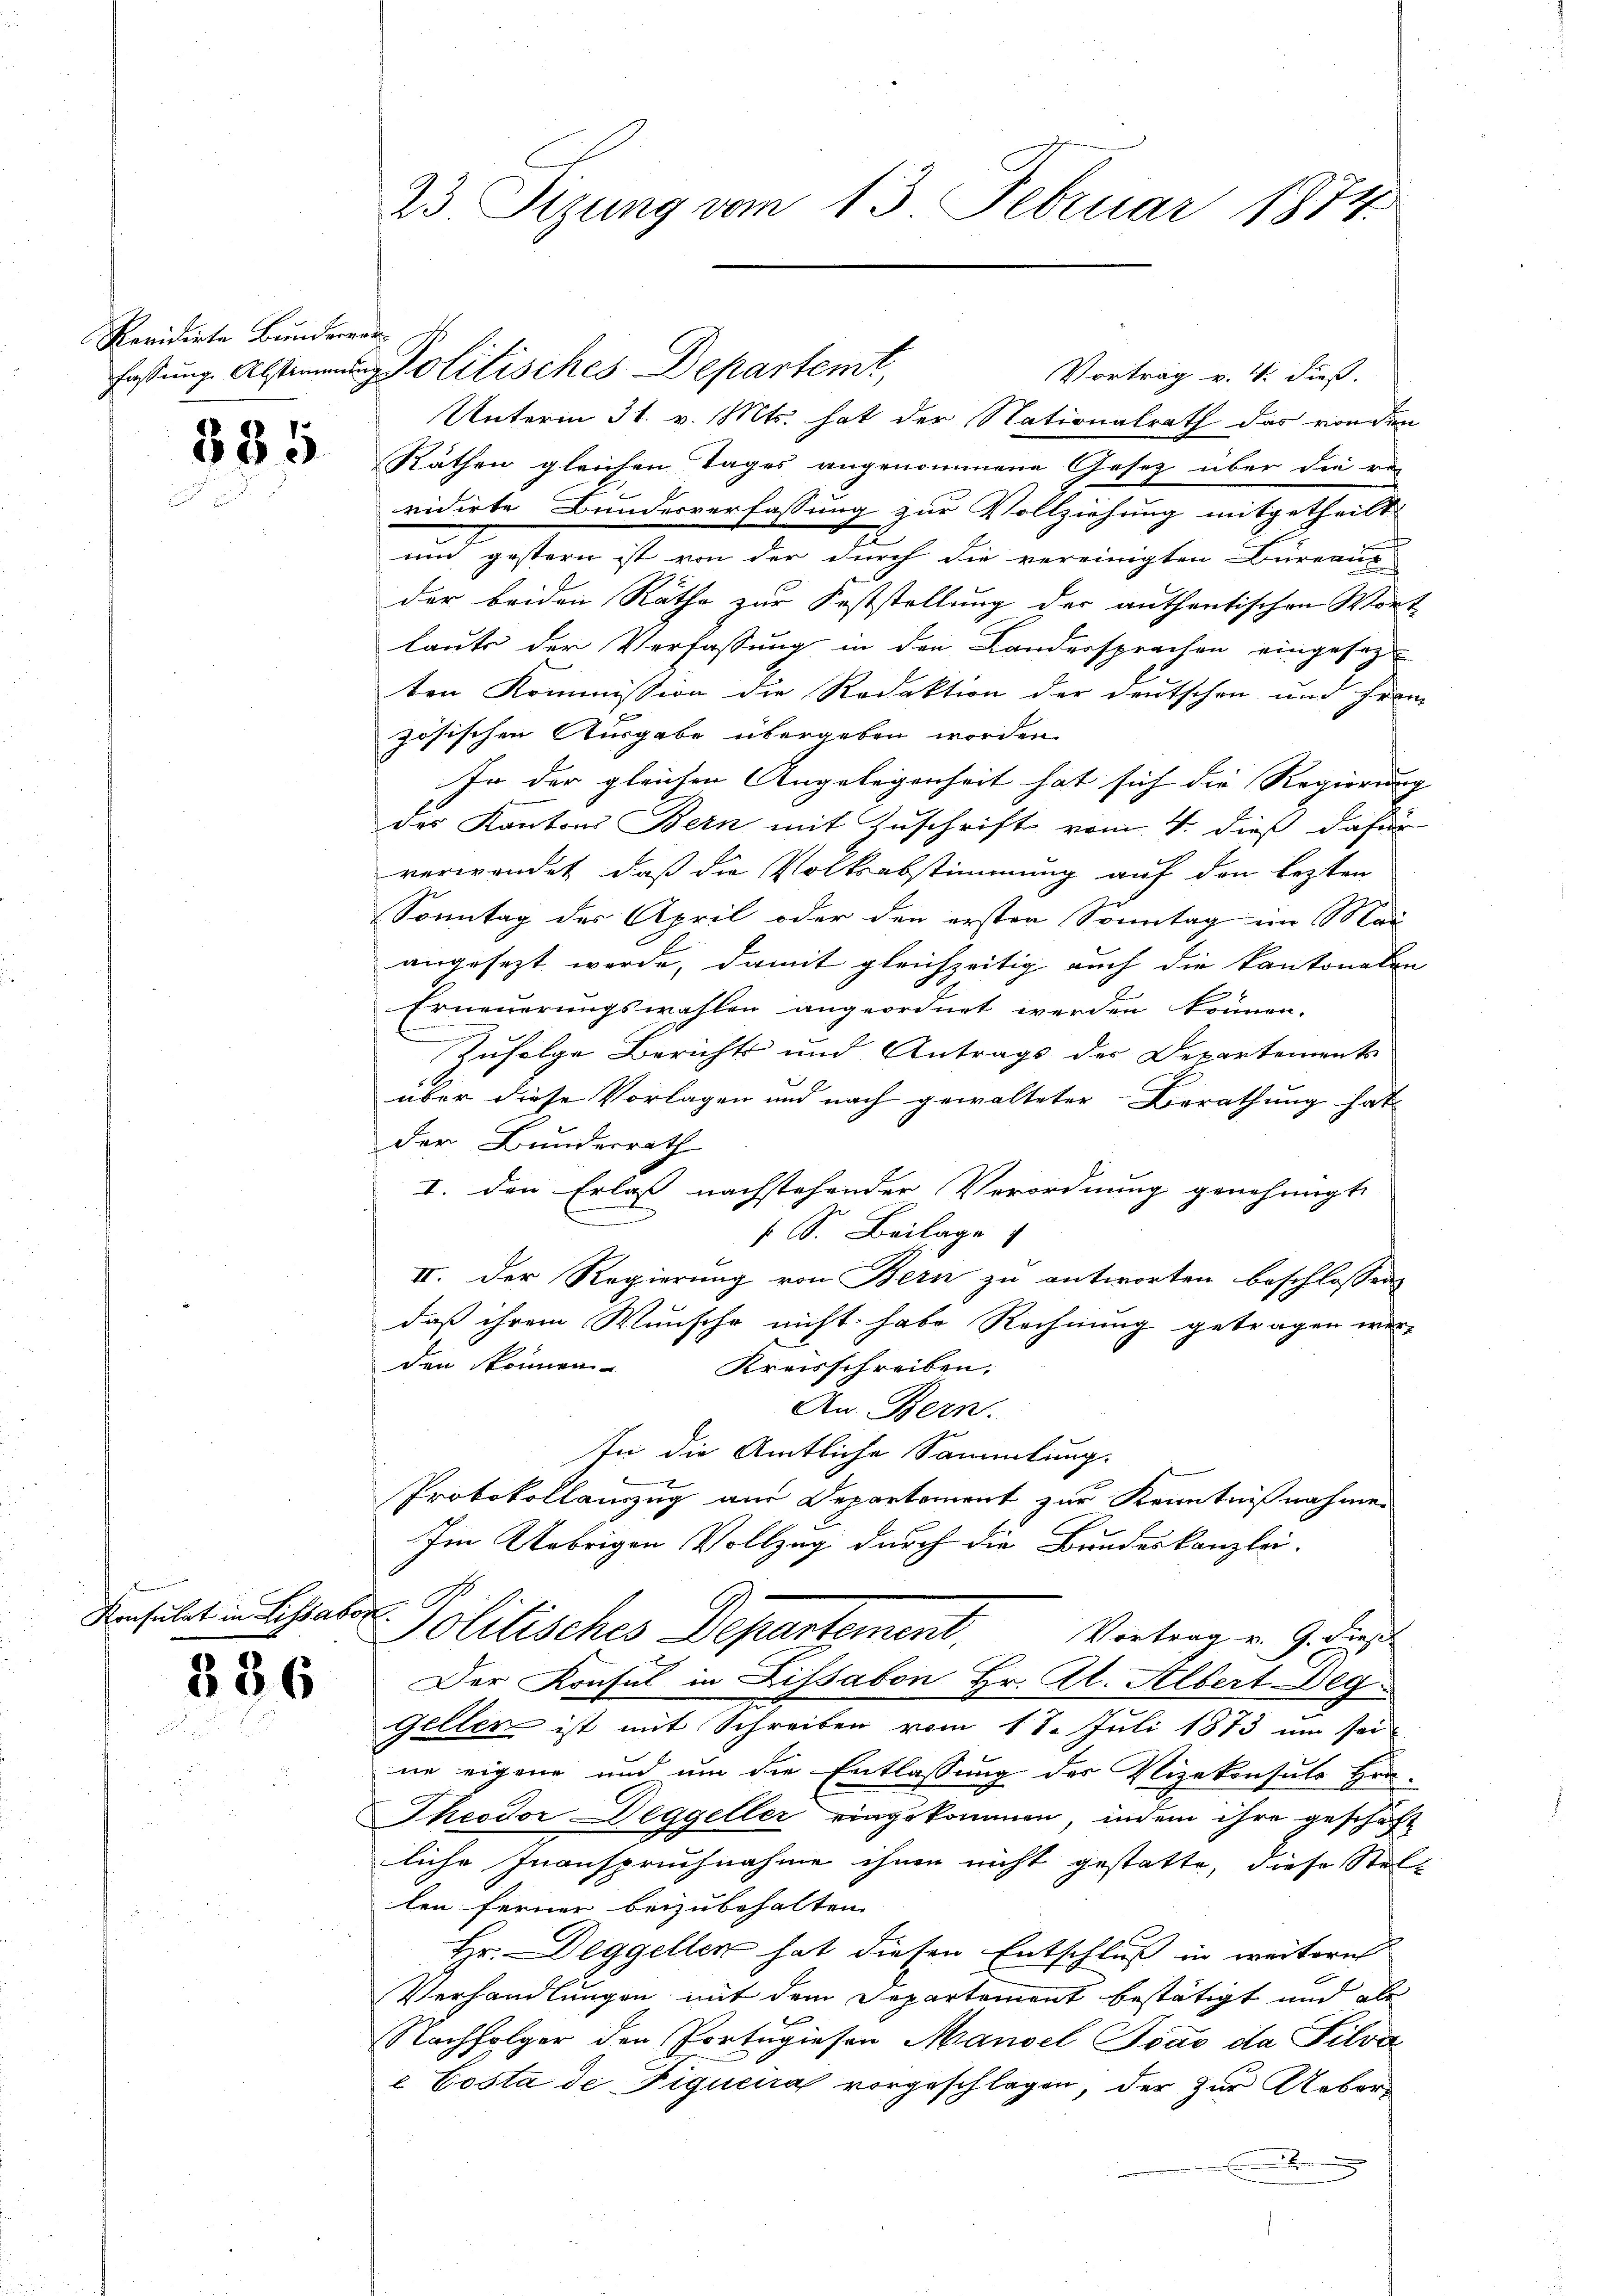
Revidirte Bunderar

Konsula

335

§36

Vortrag v. 4. dieß.
Unterm 31. v. Mts. hat der Nationalrath das von den
Räthen gleichen Tages angenommene Gesetz über die re-
vidirte Bunderverfassung zur Vollziehung mitgetheilt
un gestern ist von der durch die vereinigten Büreaus-
der beiden Räthe zur Feststellung der anthentischen Wort
laute der Verfassung in den Landersprachen eingesezten Kommission die Redaktion der deutschen und Fran
zösischen Ausgabe übergeben worden.
In der gleichen Angelegenheit hat sich die Regierung |
des Kantons Bern mit Zuschrift vom 4. dieß dafür
verwendet, daß die Volksabstimmung auf den lezten
Sonntag des April oder den ersten Sonntag im Mai
angesezt werde, damit gleichzeitig auch die kantonalen
Erneuerungswahlen angeordnet werden können.
Zufolge Berichts und Antrags des Departements
über diese Vorlagen und nach gewalteter Berathung hat
der Bundesrath
I. den Erlass nachstehender Verordnung genehmigt.
 S. Beilage
II. Der Regierung von Bern zu antworten beschlossen
daß ihrem Wunsche nicht habe Rechnung getragen wer-
den können
Kreisschreiben.
An Bern.
In die Amtliche Sammlung.
Protokollanzug am Departement zur Kenntnißnahmen
Im Uebrigen Vollzug durch die Bundeskanzlei.
Politisches Departement. Vertragen 9. die
Der Konsul in Lissabon Hr. Al. Albert Deg
Geller ist mit Schreiben vom 18. Juli 1873 um sei
ne eigene und um die Entlassung des Vizekonsuls Hrn.
Theodor Deggeller eingekommen, indem ihre geschäft
liche Inanspruchnahme ihnen nicht gestatte, diese Stellen ferner beizubehalten.
Hr. Deggellen hat diesen Entschluß in weitern
Verhandlungen mit dem Departement bestätigt und als
Nachfolger den Portugiesen Mansel Idas da Silva
 Costa de Figucica vorgeschlagen, der zur Gebor¬
.

i hat

23. Sizung vom 13. Februar 1874.

fassung Absten Politisches Departemt,